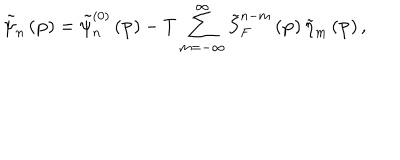
\tilde { \psi } _ { n } \left( \mathbf { p } \right) = \tilde { \psi } _ { n } ^ { \left( 0 \right) } \left( \mathbf { p } \right) - T \sum _ { m = - \infty } ^ { \infty } \tilde { S } _ { F } ^ { n - m } \left( \mathbf { p } \right) \tilde { \eta } _ { m } \left( \mathbf { p } \right) ,